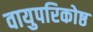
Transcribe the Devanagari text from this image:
वायुपरिकोष्ठ